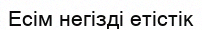
Есім негізді етістік